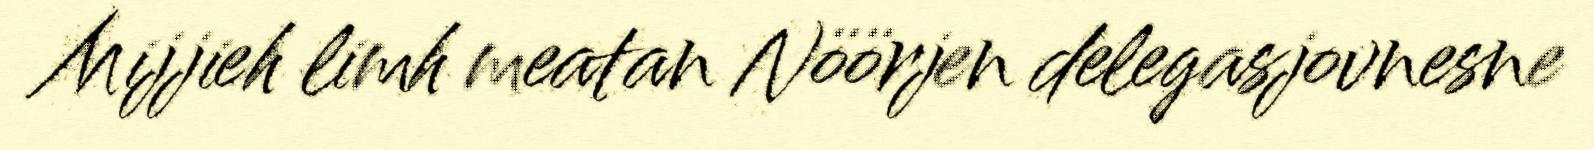
Mijjieh limh meatan Nöörjen delegasjovnesne